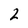
Character: 2